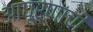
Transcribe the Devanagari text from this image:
आघूर्णाची